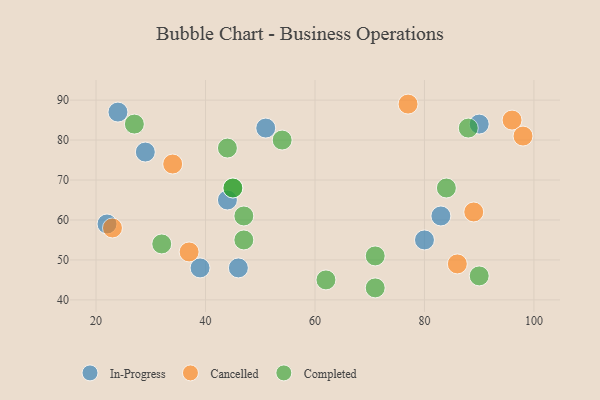
{"axis": {"x": "GDP", "y": "Life Expectancy"}, "legend": ["Cancelled", "Completed", "In-Progress"], "data": [{"x": "22", "y": 59, "type": "In-Progress"}, {"x": "39", "y": 48, "type": "In-Progress"}, {"x": "83", "y": 61, "type": "In-Progress"}, {"x": "80", "y": 55, "type": "In-Progress"}, {"x": "24", "y": 87, "type": "In-Progress"}, {"x": "46", "y": 48, "type": "In-Progress"}, {"x": "90", "y": 84, "type": "In-Progress"}, {"x": "51", "y": 83, "type": "In-Progress"}, {"x": "29", "y": 77, "type": "In-Progress"}, {"x": "44", "y": 65, "type": "In-Progress"}, {"x": "23", "y": 58, "type": "Cancelled"}, {"x": "37", "y": 52, "type": "Cancelled"}, {"x": "96", "y": 85, "type": "Cancelled"}, {"x": "98", "y": 81, "type": "Cancelled"}, {"x": "77", "y": 89, "type": "Cancelled"}, {"x": "34", "y": 74, "type": "Cancelled"}, {"x": "86", "y": 49, "type": "Cancelled"}, {"x": "89", "y": 62, "type": "Cancelled"}, {"x": "62", "y": 45, "type": "Completed"}, {"x": "45", "y": 68, "type": "Completed"}, {"x": "71", "y": 43, "type": "Completed"}, {"x": "47", "y": 55, "type": "Completed"}, {"x": "54", "y": 80, "type": "Completed"}, {"x": "44", "y": 78, "type": "Completed"}, {"x": "47", "y": 61, "type": "Completed"}, {"x": "88", "y": 83, "type": "Completed"}, {"x": "32", "y": 54, "type": "Completed"}, {"x": "45", "y": 68, "type": "Completed"}, {"x": "71", "y": 51, "type": "Completed"}, {"x": "84", "y": 68, "type": "Completed"}, {"x": "90", "y": 46, "type": "Completed"}, {"x": "27", "y": 84, "type": "Completed"}]}